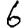
Digit: 6